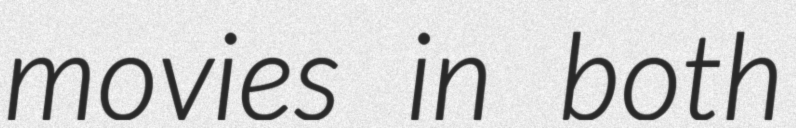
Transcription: movies in both